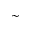
\sim